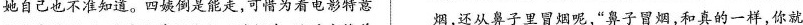
地自己也不准知道。四姨倒是能走，可惜为看电影特意烟，还从鼻子里冒烟呢，“鼻子冒烟，和真的一样，你就